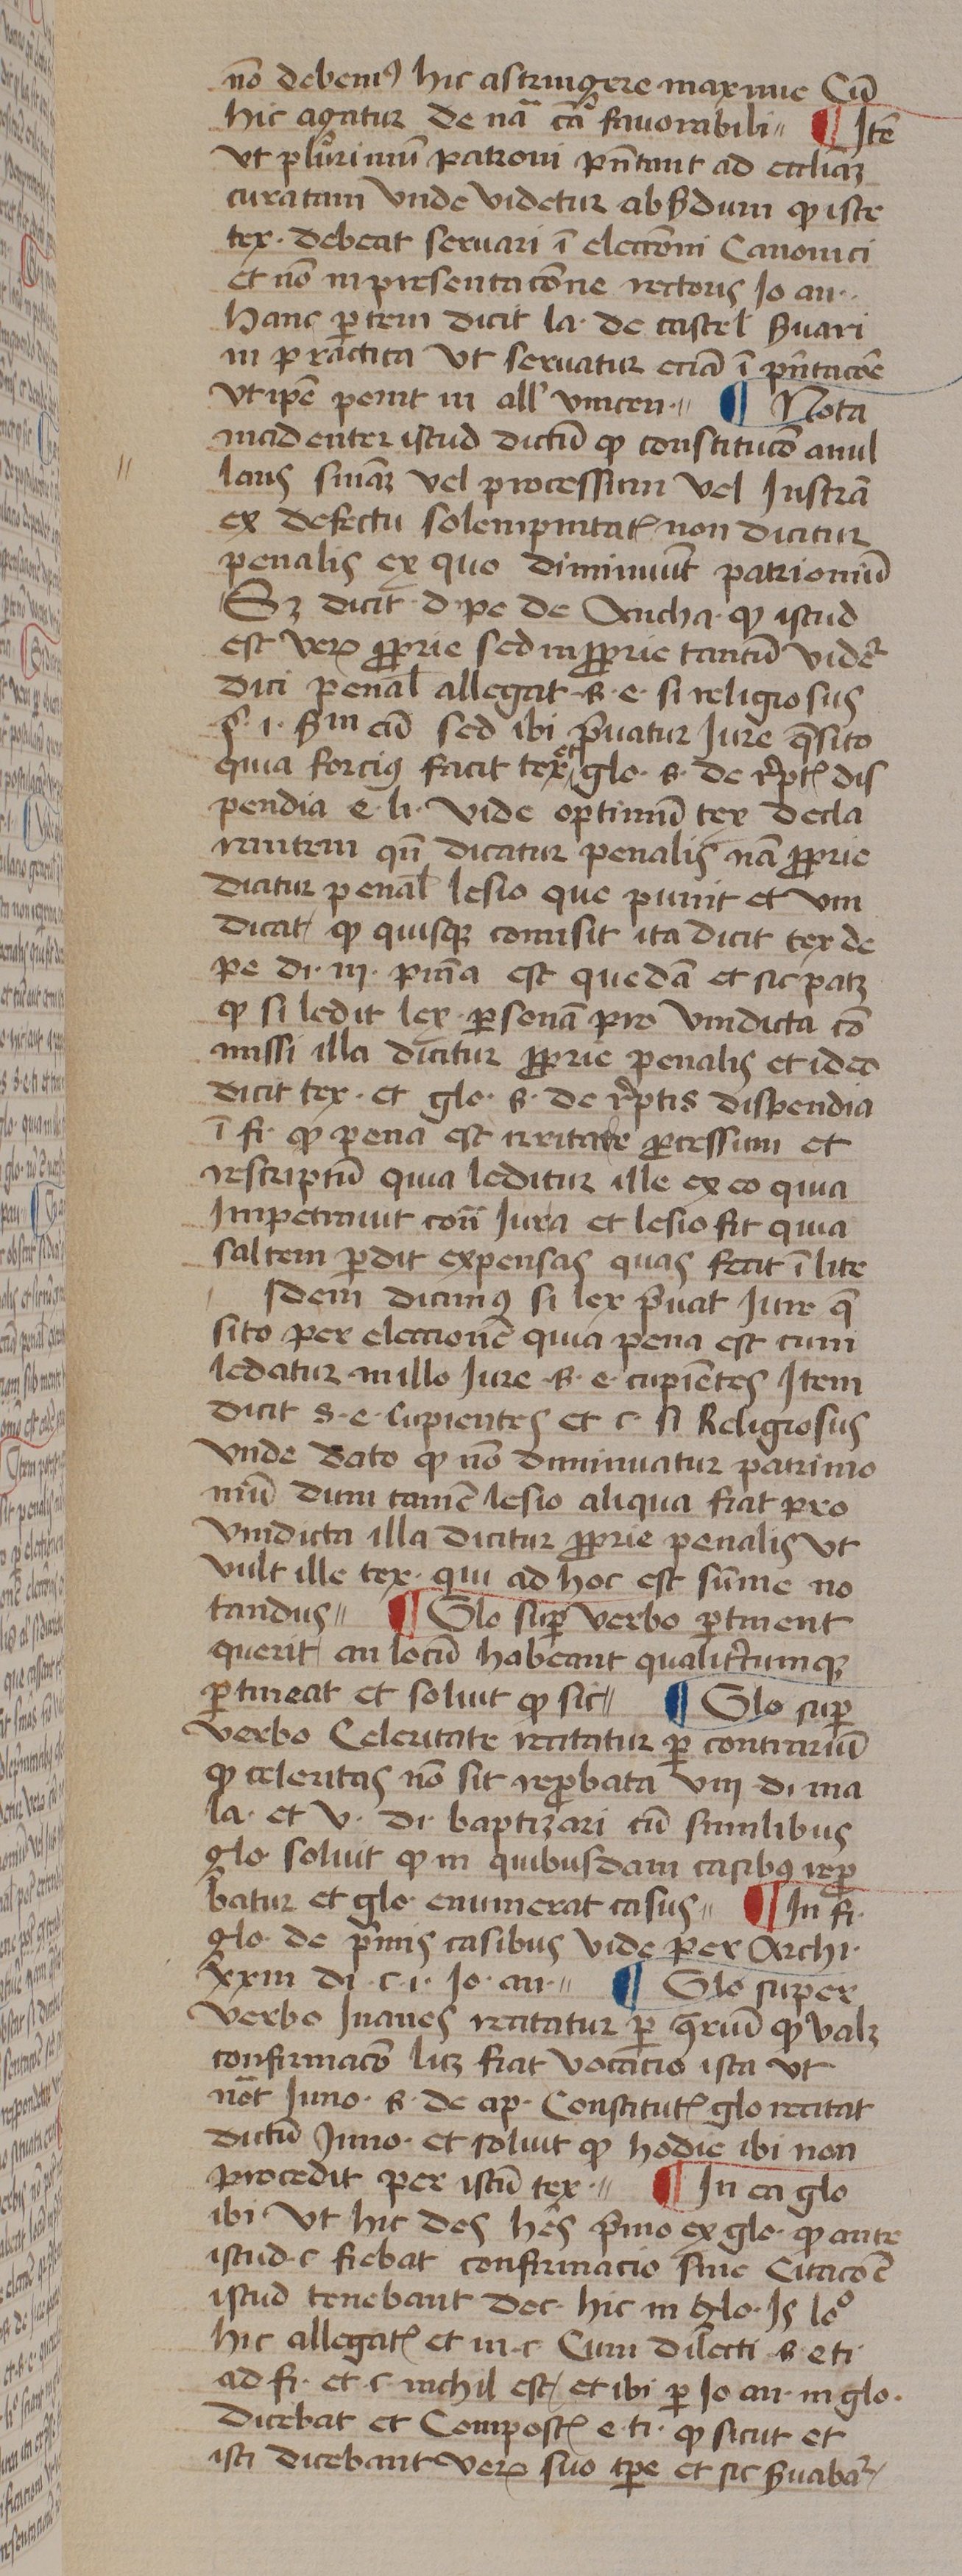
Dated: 1439–1439